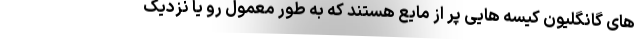
های گانگلیون کیسه هایی پر از مایع هستند که به طور معمول رو یا نزدیک